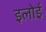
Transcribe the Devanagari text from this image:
इलोई